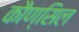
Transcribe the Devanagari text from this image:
कौण्सिल